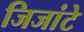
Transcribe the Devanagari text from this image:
जिजांटे